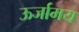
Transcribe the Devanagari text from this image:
ऊर्जामय